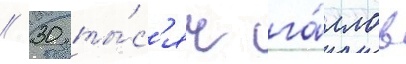
// 30 ты́с'яч га́ллов